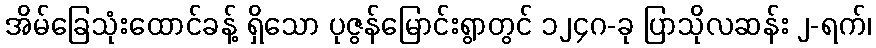
အိမ်ခြေသုံးထောင်ခန့် ရှိသော ပုဇွန်မြောင်းရွာတွင် ၁၂၄ဂ-ခု ပြာသိုလဆန်း ၂-ရက်၊